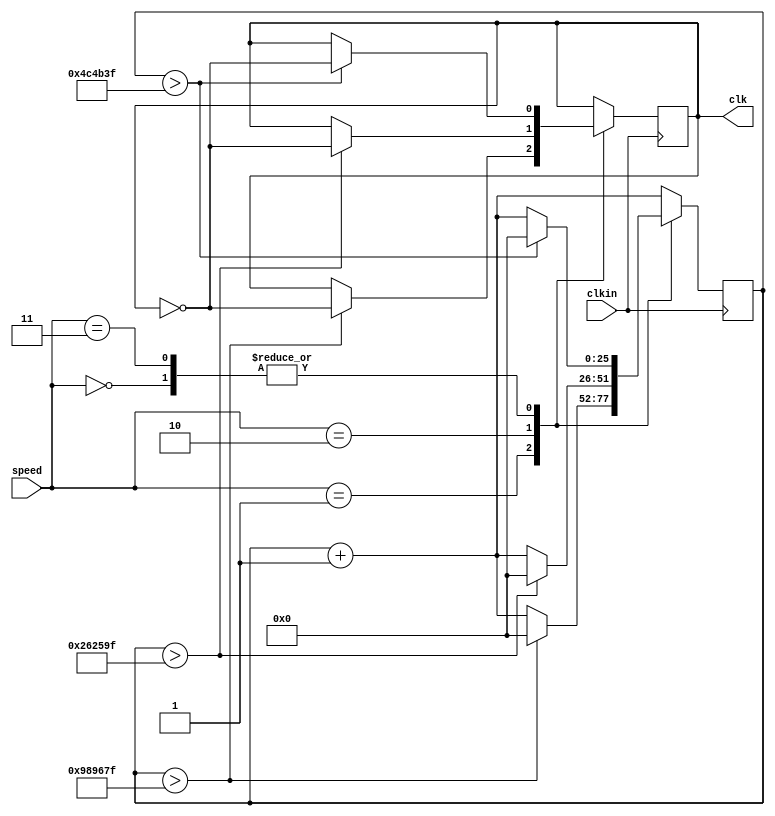
module clkdivede(clkin ,clk, speed);
	input clkin;
	input [1:0] speed;
	output reg clk;
	reg [25:0] counter;
always @(posedge clkin) begin
	counter <= counter+1;
	case(speed)
	2'b00: begin
	if(counter > 26'd5000000-26'd1) begin 
		counter <= 0;
		clk <= ~clk;
	end
	end
	2'b01: begin
	if(counter > 26'd10000000-26'd1) begin 
		counter <= 0;
		clk <= ~clk;
	end
	end
	2'b10: begin
	if(counter > 26'd2500000-26'd1) begin 
		counter <= 0;
		clk <= ~clk;
	end
	end
	2'b11: begin
	if(counter > 26'd5000000-26'd1) begin 
		counter <= 0;
		clk <= ~clk;
	end
	end
	endcase
end
endmodule